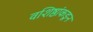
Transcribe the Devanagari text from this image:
वशिष्ठांकडून